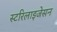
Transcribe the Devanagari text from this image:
स्टरिलाइजेसन